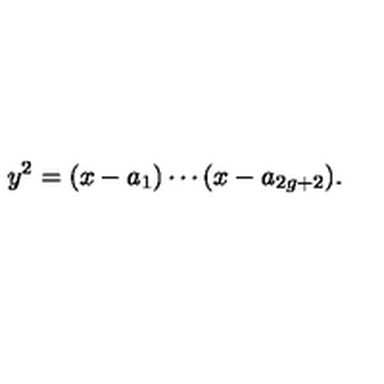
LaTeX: y ^ { 2 } = ( x - a _ { 1 } ) \cdots ( x - a _ { 2 g + 2 } ) .